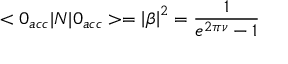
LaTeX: < 0 _ { a c c } | N | 0 _ { a c c } > = \left| \beta \right| ^ { 2 } = \frac { 1 } { e ^ { 2 \pi \nu } - 1 }